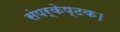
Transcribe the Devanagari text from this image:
संपर्केष्टक।